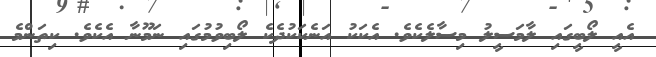
އެއީ ލޯބީގައި ލާމަސީލު މިސާލެކެވެ. އެކަކު އަނެކަކުދެކެ ލޯބިވުމުގައި ނަމޫނާ އެކެވެ. ކިތަންމެ